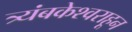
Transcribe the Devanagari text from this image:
त्र्यंबकेश्वराहून